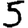
Digit: 5